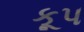
કૂપ